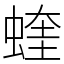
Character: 蝰